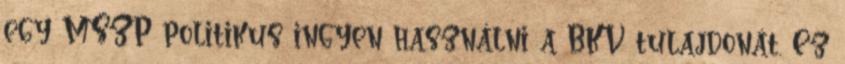
egy MSZP politikus ingyen használni a BKV tulajdonát. Ez